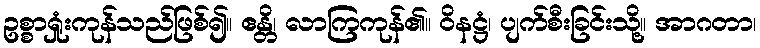
ဥစ္စာရှုံးကုန်သည်ဖြစ်၍။ ဧန္တိ၊ လာကြကုန်၏။ ဝိနဋ္ဌံ၊ ပျက်စီးခြင်းသို့။ အာဂတာ၊